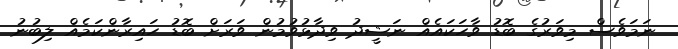
ނަމަވެސް މިވަރުގެ ބޮޑު ވާހަކައެއް ނަޝީދު ވިދާޅުވުމުން ވަރަށް ބޮޑު ހައިރާންކަމެއް ލިބުނު